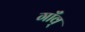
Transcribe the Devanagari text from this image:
गाँव्